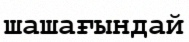
шашағындай